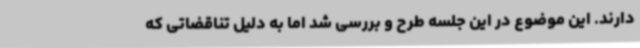
دارند. این موضوع در این جلسه طرح و بررسی شد اما به دلیل تناقضاتی که